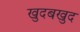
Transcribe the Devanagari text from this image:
खुदबखुद